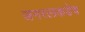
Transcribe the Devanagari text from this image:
जनरलकडेच